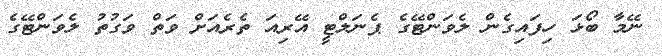
ނޭމާ ބޯޅަ ހިފައިގެން ލެވަންޓޭގެ ޕެނަލްޓީ އޭރިއަ ތެރެއަށް ވަތް ވަގުތު ލެވަންޓޭގެ